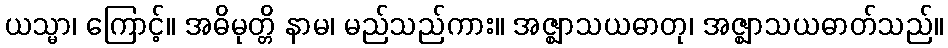
ယသ္မာ၊ ကြောင့်။ အဓိမုတ္တိ နာမ၊ မည်သည်ကား။ အဇ္ဈာသယဓာတု၊ အဇ္ဈာသယဓာတ်သည်။